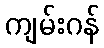
ကျမ်းဂန်